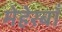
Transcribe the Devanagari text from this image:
मेहेरबाँ